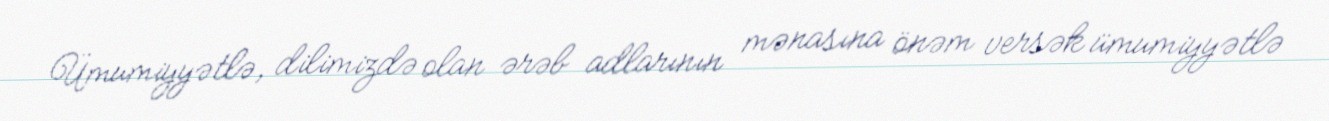
Ümumiyyətlə, dilimizdə olan ərəb adlarının mənasına önəm versək ümumiyyətlə